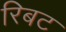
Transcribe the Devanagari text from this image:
रिबट